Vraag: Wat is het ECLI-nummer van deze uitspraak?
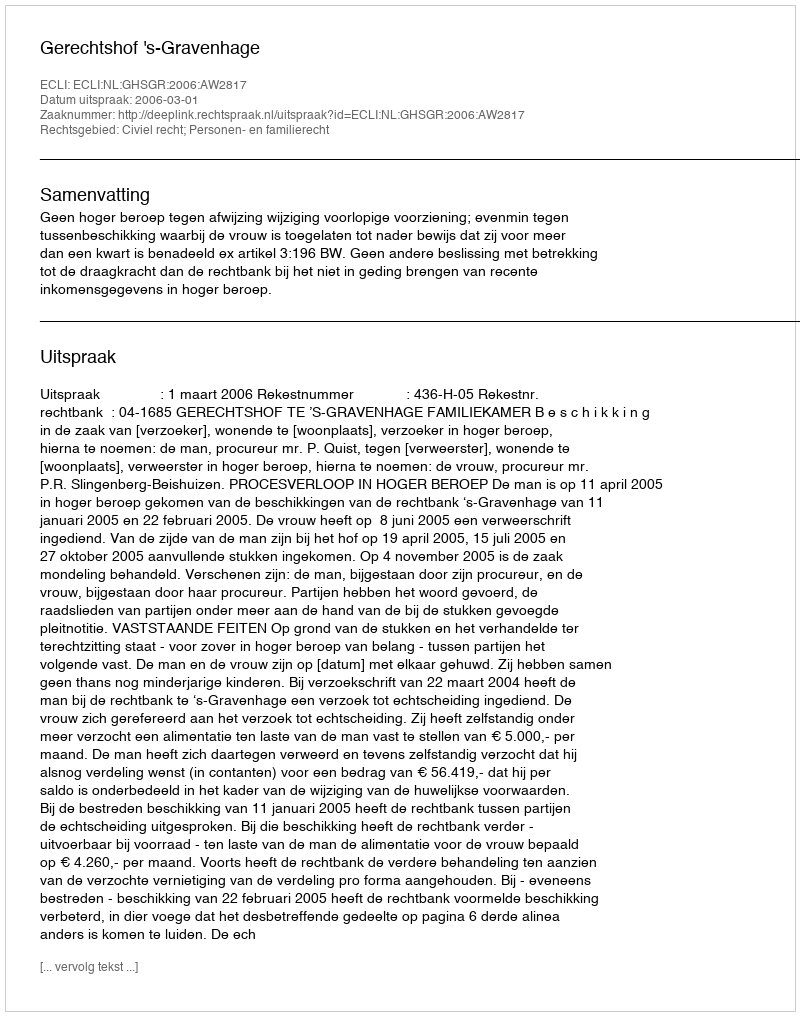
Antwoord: ECLI:NL:GHSGR:2006:AW2817